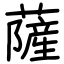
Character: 薩